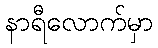
နာရီလောက်မှာ